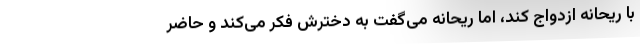
با ریحانه ازدواج کند، اما ریحانه می‌گفت به دخترش فکر می‌کند و حاضر